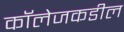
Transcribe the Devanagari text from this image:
कॉलेजकडील